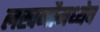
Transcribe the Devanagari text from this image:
लखनौमध्येच